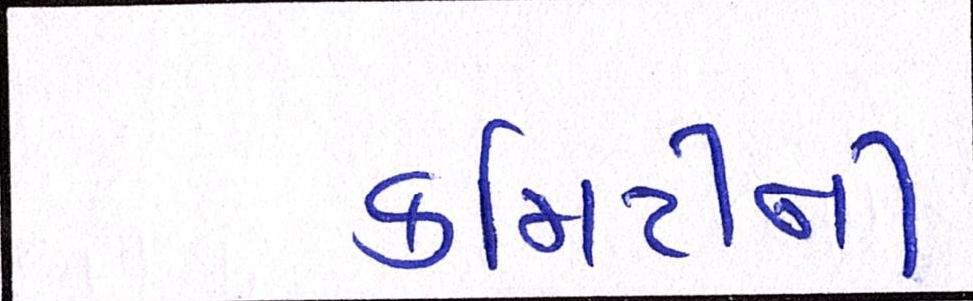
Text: કમિટીની